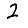
Digit: 2